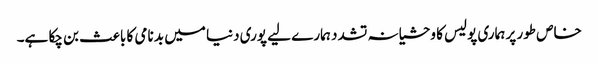
خاص طور پر ہماری پولیس کا وحشیانہ تشدد ہمارے لیے پوری دنیا میں بد نامی کا باعث بن چکا ہے۔